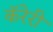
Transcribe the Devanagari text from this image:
कॅरेरी